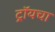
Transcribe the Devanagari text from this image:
ट्रॉयचा